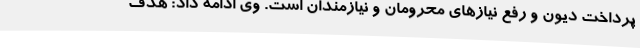
پرداخت دیون و رفع نیازهای محرومان و نیازمندان است. وی ادامه داد: هدف